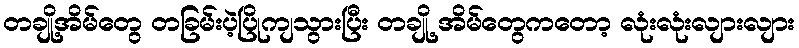
တချို့အိမ်တွေ တခြမ်းပဲ့ပြိုကျသွားပြီး တချို့ အိမ်တွေကတော့ လုံးလုံးလျားလျား